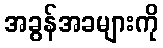
အခွန်အခများကို